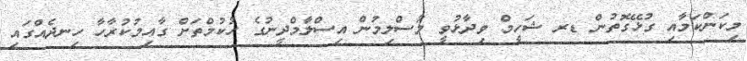
މިކަންކަމާއި ގުޅޭގޮތުން ޑރ ޝަހީމް ވިދާޅުވީ މުސްލިމުން އިސްލާމްދީނުގެ ހުކުމްތަށް ގާއިމުކުރާހާ ހިނދެއްގައި